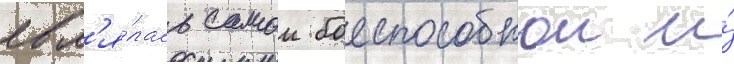
явл'я́лась самои боеспособнои и́